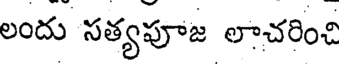
లందు సత్యపూజ లాచరించి